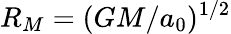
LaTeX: R_{M}=(GM/a_{0})^{1/2}